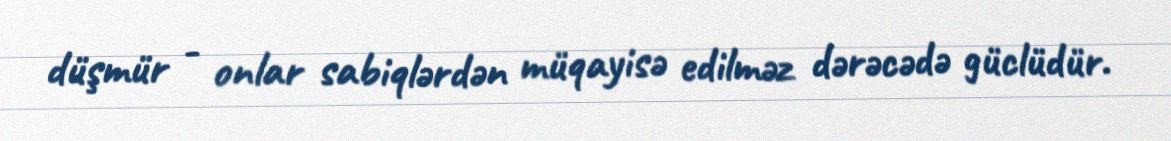
düşmür - onlar sabiqlərdən müqayisə edilməz dərəcədə güclüdür.